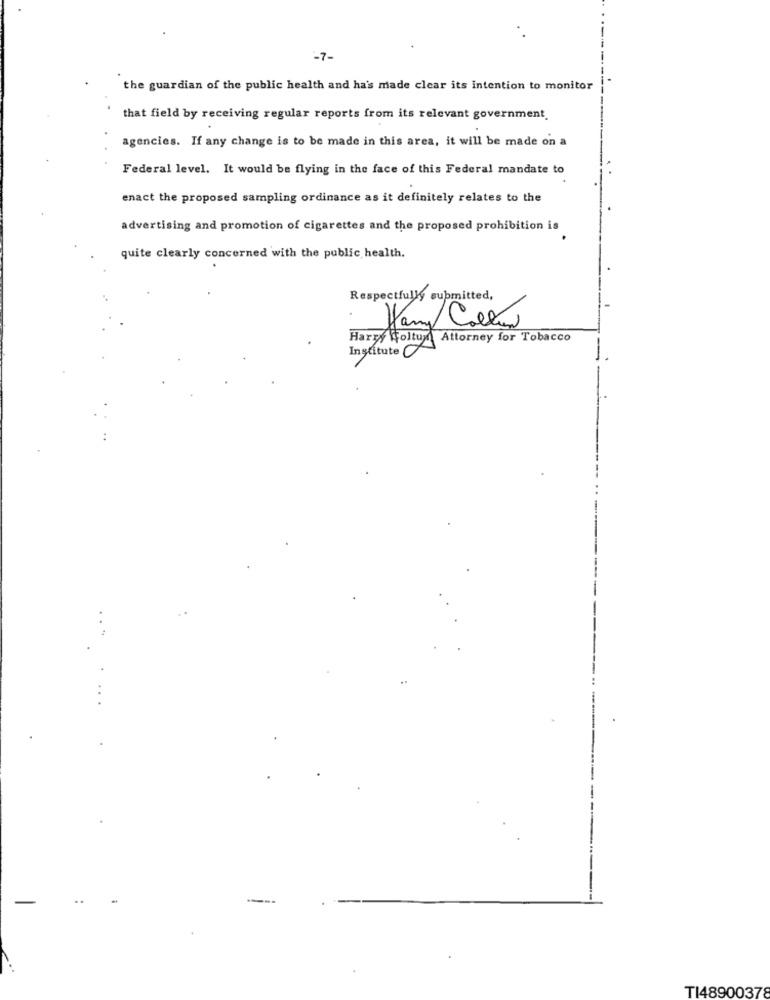
-7-
the guardian of the public health and ha's made clear its intention to monitor
that field by receiving regular reports from its relevant government.
agencies. If any change is to be made in this area, it will be made on a
Federal level. It would be flying in the face of this Federal mandate to
enact the proposed sampling ordinance as it definitely relates to the
advertising and promotion of cigarettes and the proposed prohibition is
quite clearly concerned with the public health.
Respectfully submitted,
Jany Collar
Harry Voltur Attorney for Tobacco
Institute O
..
----
TI48900378